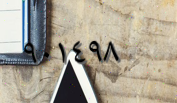
٩٠١٤٩٨